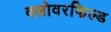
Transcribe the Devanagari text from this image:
क्लोवरफिल्ड